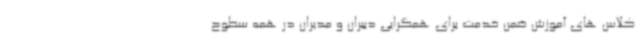
کلاس های آموزش ضمن خدمت برای همگرایی دبیران و مدیران در همه سطوح